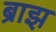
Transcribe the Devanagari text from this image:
ब्राझ